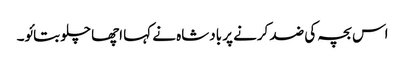
اس بچہ کی ضد کرنے پر بادشاہ نے کہا اچھا چلو بتائو۔